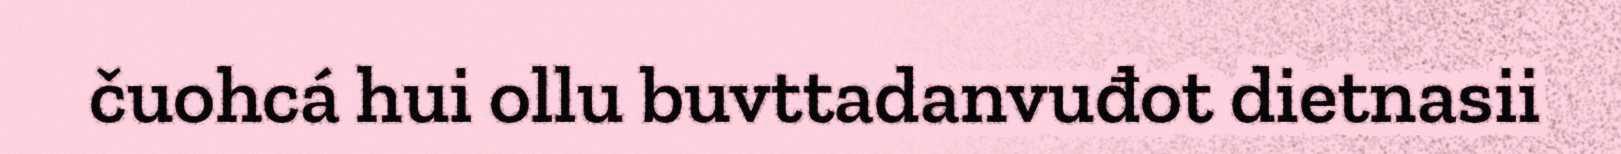
čuohcá hui ollu buvttadanvuđot dietnasii